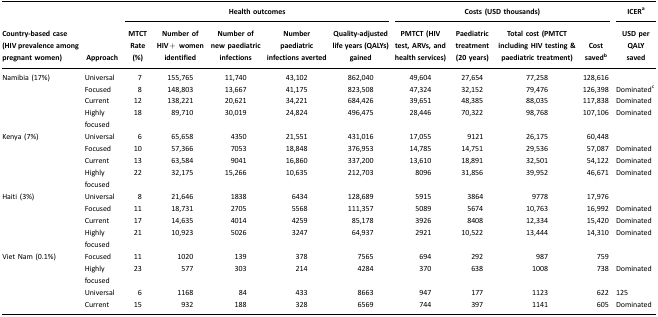
<table><thead><tr><td></td><td></td><td colspan="5"><b>Health outcomes</b></td><td colspan="4"><b>Costs (USD thousands)</b></td><td><b>ICERa</b></td></tr><tr><td><b>Country-based case (HIV prevalence among pregnant women)</b></td><td><b>Approach</b></td><td><b>MTCT Rate (%)</b></td><td><b>Number of HIV+ women identified</b></td><td><b>Number of new paediatric infections</b></td><td><b>Number paediatric infections averted</b></td><td><b>Quality-adjusted life years (QALYs) gained</b></td><td><b>PMTCT (HIV test, ARVs, and health services)</b></td><td><b>Paediatric treatment (20 years)</b></td><td><b>Total cost (PMTCT including HIV testing &amp; paediatric treatment)</b></td><td><b>Cost savedb</b></td><td><b>USD per QALY saved</b></td></tr></thead><tbody><tr><td>Namibia (17%)</td><td>Universal</td><td>7</td><td>155,765</td><td>11,740</td><td>43,102</td><td>862,040</td><td>49,604</td><td>27,654</td><td>77,258</td><td>128,616</td><td></td></tr><tr><td></td><td>Focused</td><td>8</td><td>148,803</td><td>13,667</td><td>41,175</td><td>823,508</td><td>47,324</td><td>32,152</td><td>79,476</td><td>126,398</td><td>Dominatedc</td></tr><tr><td></td><td>Current</td><td>12</td><td>138,221</td><td>20,621</td><td>34,221</td><td>684,426</td><td>39,651</td><td>48,385</td><td>88,035</td><td>117,838</td><td>Dominated</td></tr><tr><td></td><td>Highly focused</td><td>18</td><td>89,710</td><td>30,019</td><td>24,824</td><td>496,475</td><td>28,446</td><td>70,322</td><td>98,768</td><td>107,106</td><td>Dominated</td></tr><tr><td>Kenya (7%)</td><td>Universal</td><td>6</td><td>65,658</td><td>4350</td><td>21,551</td><td>431,016</td><td>17,055</td><td>9121</td><td>26,175</td><td>60,448</td><td></td></tr><tr><td></td><td>Focused</td><td>10</td><td>57,366</td><td>7053</td><td>18,848</td><td>376,953</td><td>14,785</td><td>14,751</td><td>29,536</td><td>57,087</td><td>Dominated</td></tr><tr><td></td><td>Current</td><td>13</td><td>63,584</td><td>9041</td><td>16,860</td><td>337,200</td><td>13,610</td><td>18,891</td><td>32,501</td><td>54,122</td><td>Dominated</td></tr><tr><td></td><td>Highly focused</td><td>22</td><td>32,175</td><td>15,266</td><td>10,635</td><td>212,703</td><td>8096</td><td>31,856</td><td>39,952</td><td>46,671</td><td>Dominated</td></tr><tr><td>Haiti (3%)</td><td>Universal</td><td>8</td><td>21,646</td><td>1838</td><td>6434</td><td>128,689</td><td>5915</td><td>3864</td><td>9778</td><td>17,976</td><td></td></tr><tr><td></td><td>Focused</td><td>11</td><td>18,731</td><td>2705</td><td>5568</td><td>111,357</td><td>5089</td><td>5674</td><td>10,763</td><td>16,992</td><td>Dominated</td></tr><tr><td></td><td>Current</td><td>17</td><td>14,635</td><td>4014</td><td>4259</td><td>85,178</td><td>3926</td><td>8408</td><td>12,334</td><td>15,420</td><td>Dominated</td></tr><tr><td></td><td>Highly focused</td><td>21</td><td>10,923</td><td>5026</td><td>3247</td><td>64,937</td><td>2921</td><td>10,522</td><td>13,444</td><td>14,310</td><td>Dominated</td></tr><tr><td>Viet Nam (0.1%)</td><td>Focused</td><td>11</td><td>1020</td><td>139</td><td>378</td><td>7565</td><td>694</td><td>292</td><td>987</td><td>759</td><td></td></tr><tr><td></td><td>Highly focused</td><td>23</td><td>577</td><td>303</td><td>214</td><td>4284</td><td>370</td><td>638</td><td>1008</td><td>738</td><td>Dominated</td></tr><tr><td></td><td>Universal</td><td>6</td><td>1168</td><td>84</td><td>433</td><td>8663</td><td>947</td><td>177</td><td>1123</td><td>622</td><td>125</td></tr><tr><td></td><td>Current</td><td>15</td><td>932</td><td>188</td><td>328</td><td>6569</td><td>744</td><td>397</td><td>1141</td><td>605</td><td>Dominated</td></tr></tbody></table>